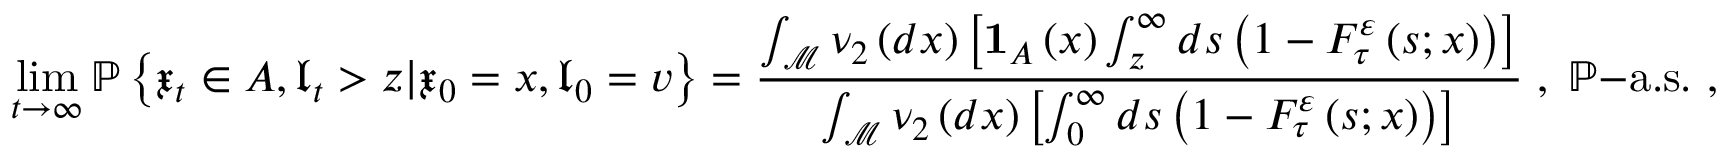
\operatorname* { l i m } _ { t \rightarrow \infty } \mathbb { P } \left\{ \mathfrak { x } _ { t } \in A , \mathfrak { l } _ { t } > z | \mathfrak { x } _ { 0 } = x , \mathfrak { l } _ { 0 } = v \right\} = \frac { \int _ { \mathcal { M } } \nu _ { 2 } \left( d x \right) \left[ \mathbf { 1 } _ { A } \left( x \right) \int _ { z } ^ { \infty } d s \left( 1 - F _ { \tau } ^ { \varepsilon } \left( s ; x \right) \right) \right] } { \int _ { \mathcal { M } } \nu _ { 2 } \left( d x \right) \left[ \int _ { 0 } ^ { \infty } d s \left( 1 - F _ { \tau } ^ { \varepsilon } \left( s ; x \right) \right) \right] } \; , \; \mathbb { P } \mathrm { - a . s . \ , }